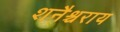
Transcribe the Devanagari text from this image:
शनैश्चराय